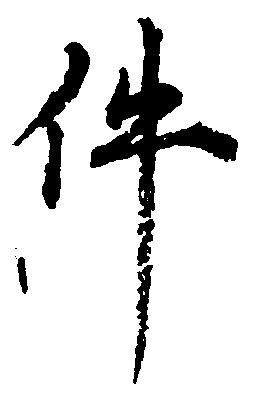
件